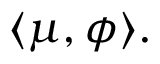
\langle \mu , \phi \rangle .